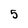
Character: 5